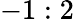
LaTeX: -1:2